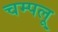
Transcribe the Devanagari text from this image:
चम्पलू